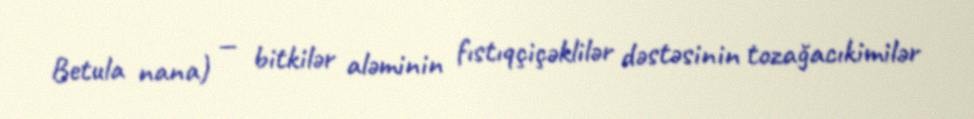
Betula nana) — bitkilər aləminin fıstıqçiçəklilər dəstəsinin tozağacıkimilər